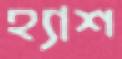
হ্যাশ